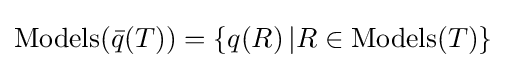
\mathop {\mathrm {Models} } ({\bar {q}}(T))=\{q(R)\,|R\in \mathop {\mathrm {Models} } (T)\}